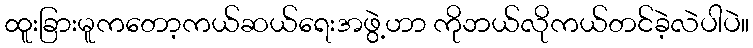
ထူးခြားမူကတော့ကယ်ဆယ်ရေးအဖွဲ့ဟာ ကိုဘယ်လိုကယ်တင်ခဲ့လဲပါပဲ။